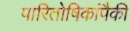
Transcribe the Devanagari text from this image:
पारितोषिकांपैकी